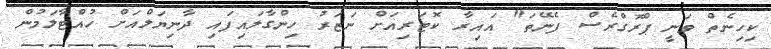
ކިހިނެތް ވަނީ ޕްރޮގްރެސް ފެނޭތަ" އައިރާ ކޮޓަރިއަށް ނަޒަރު ހިންގާލައިފައި ދާނިޔަލްއަށް ހުއްޓާލަމުން